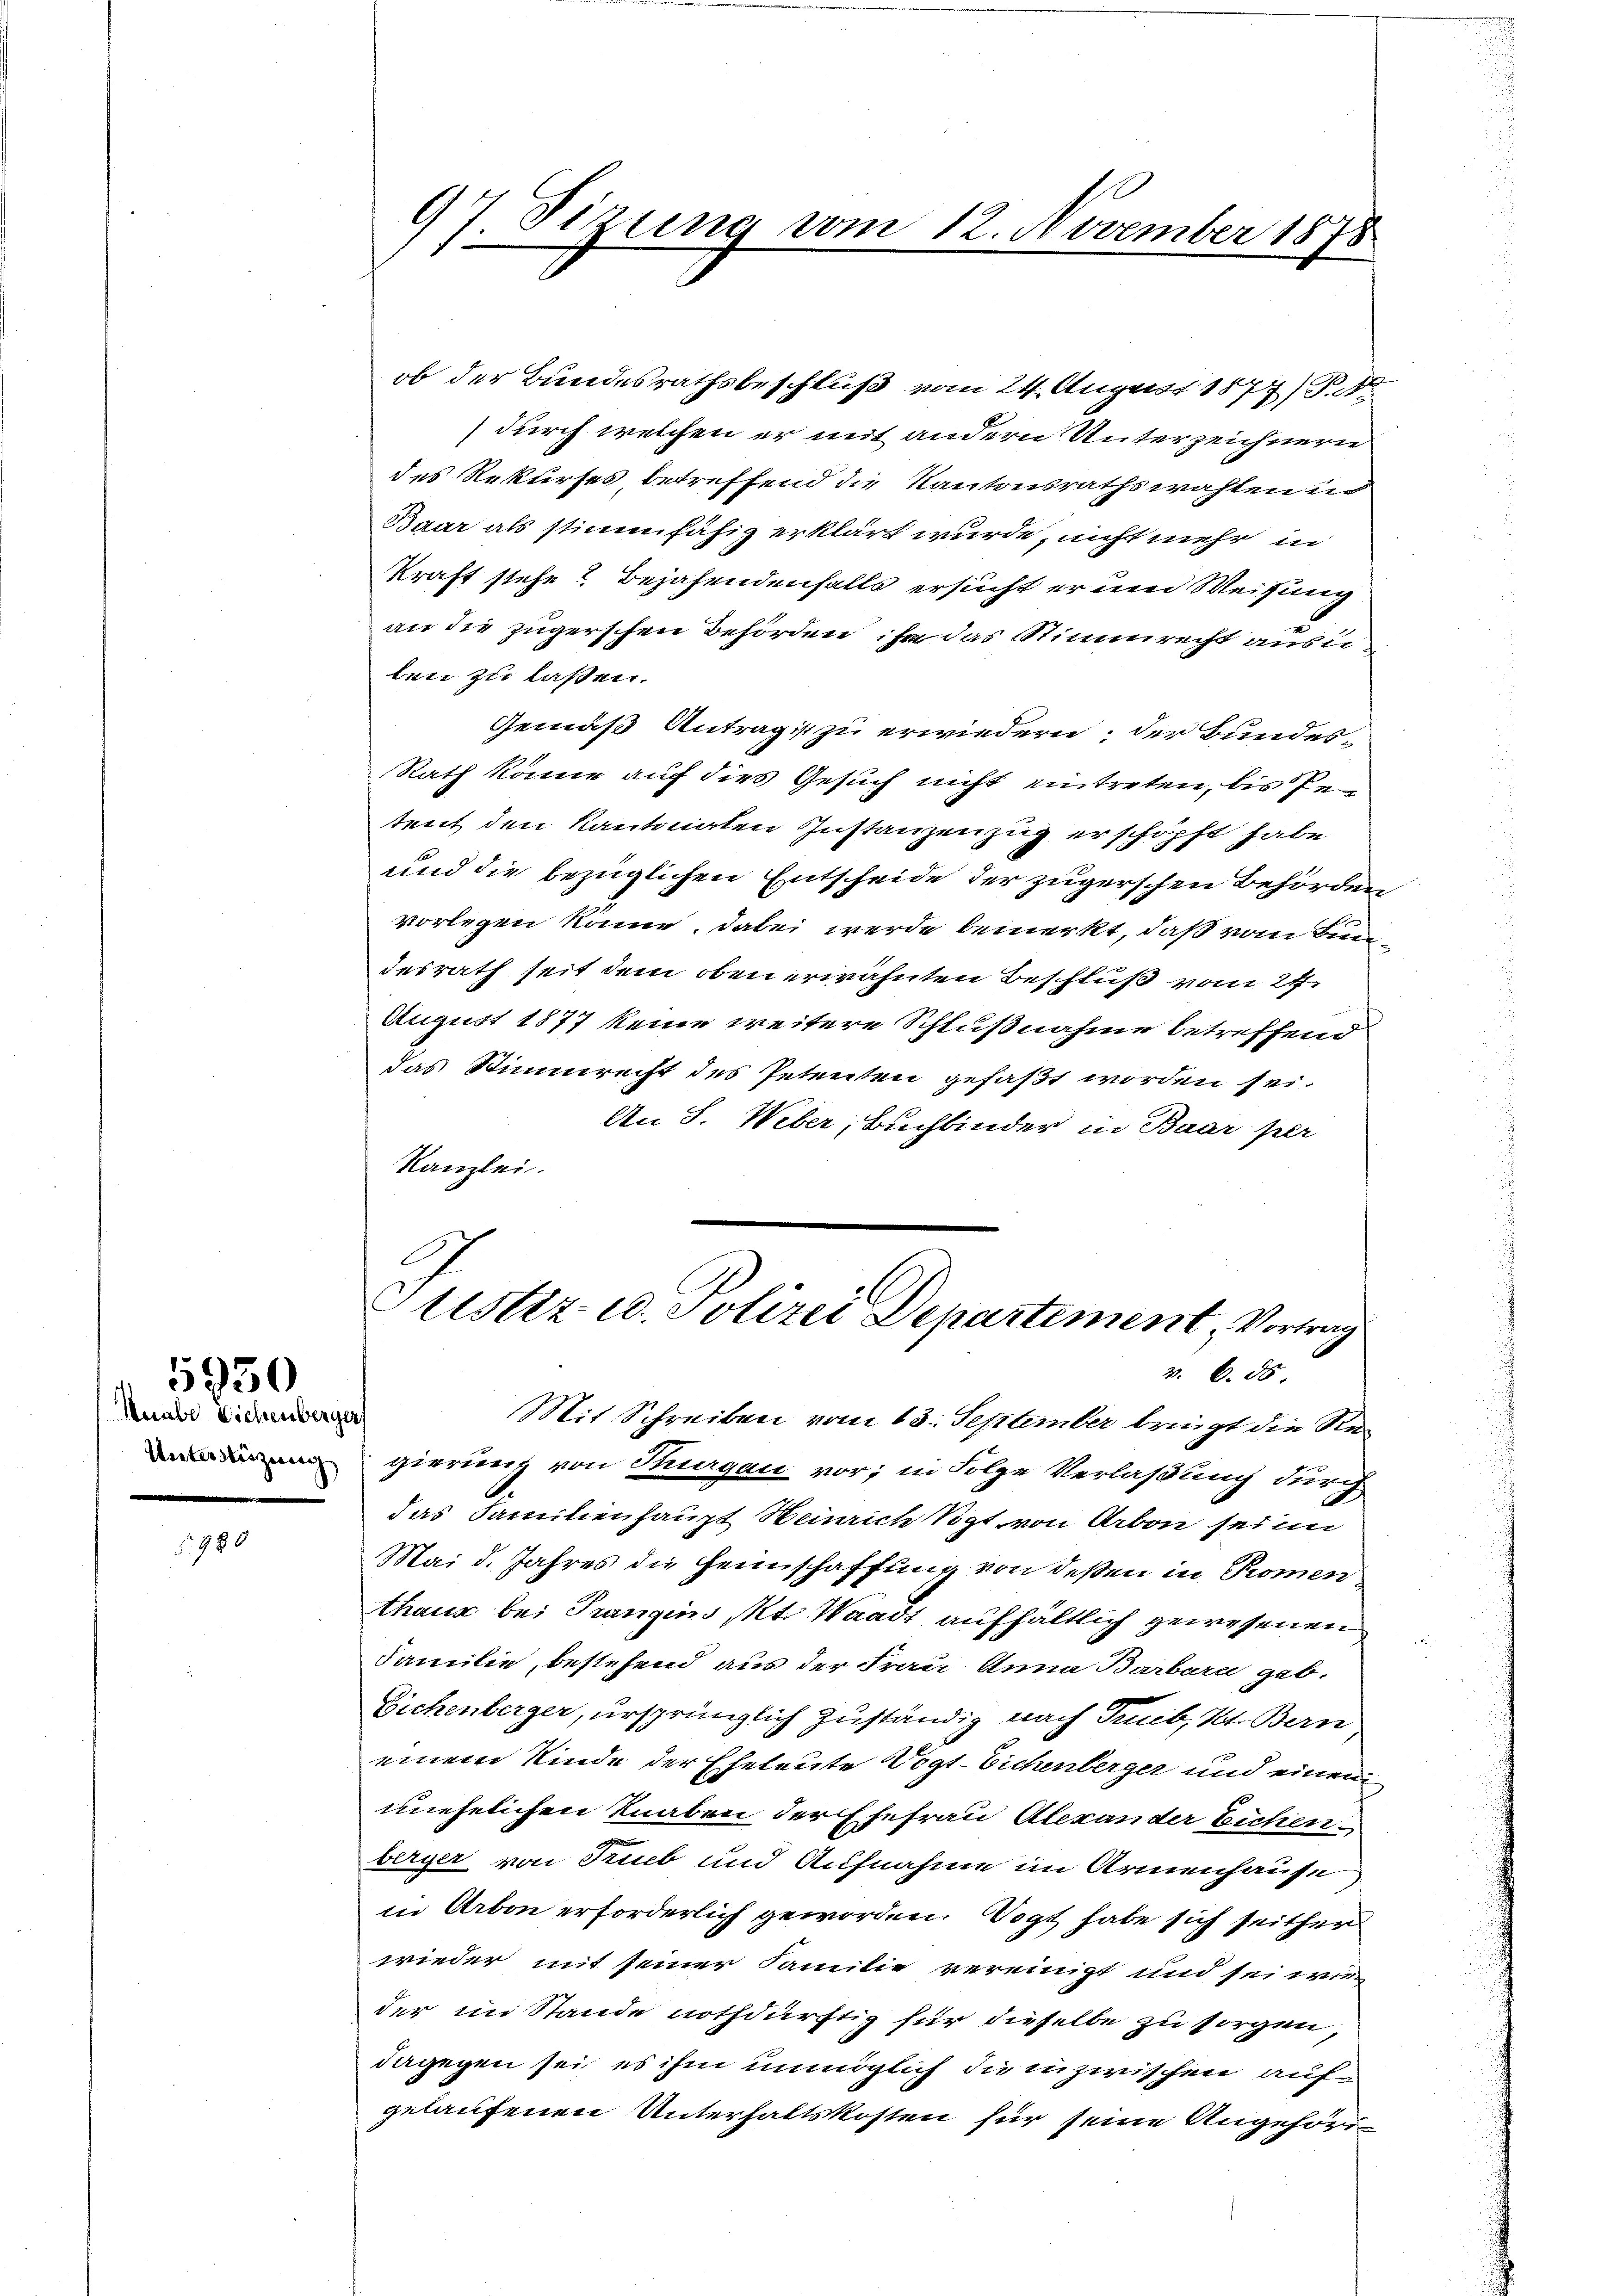
Muabe Sichenberger
Unterstüzung

5950

5980.

1
7. Sizung vom 12. November 1878

ob der Bundesrathsbeschluß vom 24. August 1877/
durch welchen er mit andern Unterzeichnern
des Rekurses betreffend die Kantonsrathswahlen in
Baar als stimmfähig erklärt wurde, nicht mehr in
kraft stehe? Bejahendenfalls ersucht er und Weisung
an die zugerschen Behörden, ja das Stimmrecht ausun
ben zu lassen.
Gemäß Antragst zu erwiedern; der Bundes-
Rath könne auf dies Gesuch nicht eintreten, bis Petent den Kantonalen Instanzenzug erschöpft habe
und die bezüglichen Entscheide der zugerschen Behörden
vorlegen könne, dabei werde bemerkt, daß vom Bundesrath seit dem oben erwähnten Beschluß vom 24.
s
August 1877 keine weitere Schlußnahme betreffend
das Stimmrecht des Petenten gefaßt worden sei.
An S. Weber, Buchbinder in Baar per
Kanzlei.

Justiz u. Polizei Departement, Vortrag
v. 6. 56.

Mit Schreiben vom 13. September bringt die Regierung von Thurgau vor; in Folge Verlaßung durch
das Faminenhaupt Weinrich Spt von Arbon sei in
Mai d. Jahres die Heimschaffung von deßen in Promen
thaus bei Trangins Kt. Waadt aufhältlich gewesenen
Familie, bestehend aus der Frau Anna Barbara geb.
Eichenberger, ursprünglich zuständig nach Trucb, Kt. Bern
einem Kinde der Eheleute Vogt-Eichenberger und einem
unehelichen Knaben der Ehefrau Alexander Eichen
berger von Trieb und Aufnahme im Armenhause
in Arbon erforderlich geworden. Vogt habe sich seither
wieder mit seiner Familie vereinigt und sei wir
der im Stande nothdürftig für dieselbe zu sorgen
dagegen sei es ihm unmöglich die inzwischen aufgelaufenen Unterhaltskosten für seine Angehöri